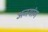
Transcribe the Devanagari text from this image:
अनयांग